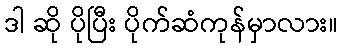
ဒါ ဆို ပိုပြီး ပိုက်ဆံကုန်မှာလား။